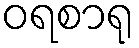
ဝရစာရု